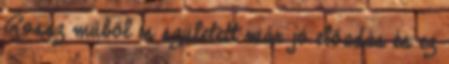
Rossz műből is született már jó előadás és ez